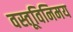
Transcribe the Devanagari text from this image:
वस्तूविनिमय